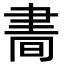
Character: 𦘘